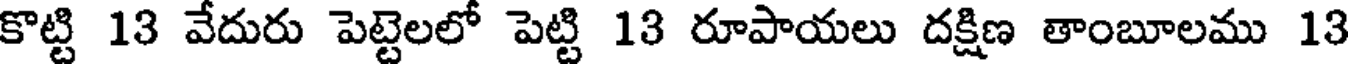
కొట్టి 13 వేదురు పెట్టెలలో పెట్టి 13 రూపాయలు దక్షిణ తాంబూలము 13